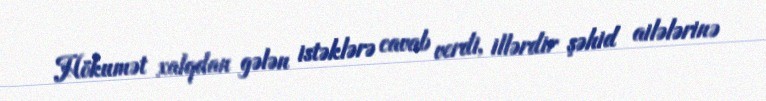
Hökumət xalqdan gələn istəklərə cavab verdi, illərdir şəhid ailələrinə